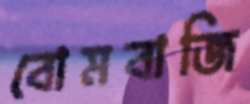
বোমবাজি